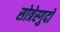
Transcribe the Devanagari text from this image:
सोत्रेस्गुदो